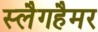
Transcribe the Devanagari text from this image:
स्लैगहैमर